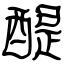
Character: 醍